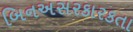
બિનઅસરકારકતા